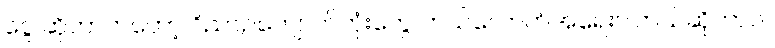
ငွေ ဆိုတာကတော့ ဝိညာဥ်ကျောက်တုံးတွေ ဘယ်လောက်အရေးပါတယ်ဆိုတာပဲ။